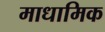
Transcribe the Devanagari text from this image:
माधामिक